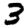
Digit: 3